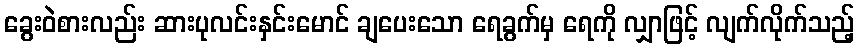
ခွေးဝဲစားလည်း ဆားပုလင်းနှင်းမောင် ချပေးသော ရေခွက်မှ ရေကို လျှာဖြင့် လျက်လိုက်သည့်